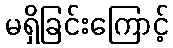
မရှိခြင်းကြောင့်